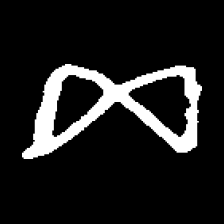
Pyu character \u2014 Myanmar letter: ဆ (romanized: cha)